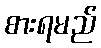
စားရမည်